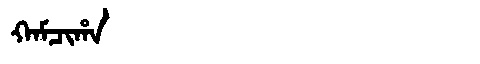
Manchu: ᡴᠠᠮᠴᡳᡥᠠ
Romanization: KAMCIHA